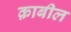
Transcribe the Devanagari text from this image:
क़ाबील